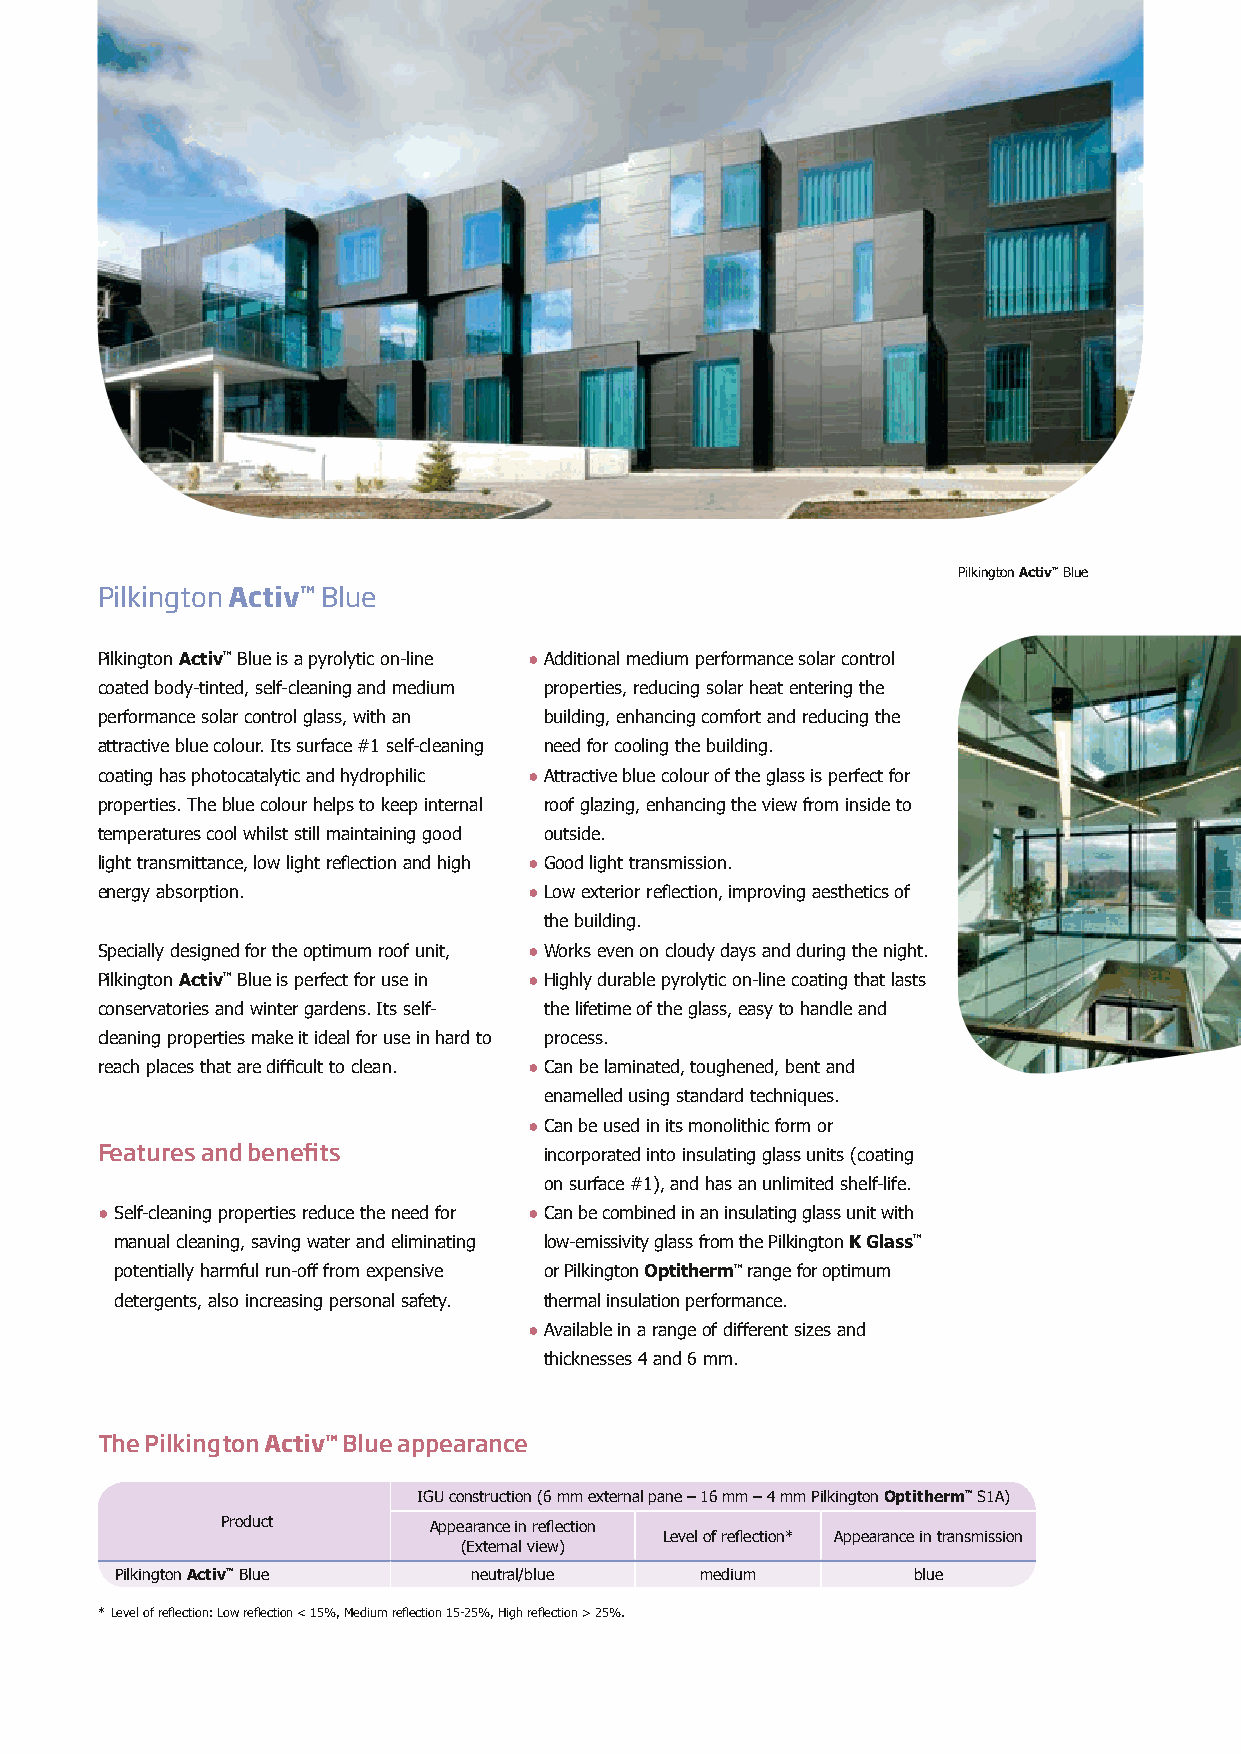
Pilkington Activ™ Blue
 Pilkington Activ™ Blue
 Pilkington Activ™ Blue is a pyrolytic on-line ● A dditional medium performance solar control
 coated body-tinted, self-cleaning and medium properties, reducing solar heat entering the
 performance solar control glass, with an building, enhancing comfort and reducing the
 attractive blue colour. Its surface #1 self-cleaning need for cooling the building.
 coating has photocatalytic and hydrophilic ● A ttractive blue colour of the glass is perfect for
 properties. The blue colour helps to keep internal roof glazing, enhancing the view from inside to
 temperatures cool whilst still maintaining good outside.
 light transmittance, low light reflection and high ● G ood light transmission.
 energy absorption.           ● L ow exterior reflection, improving aesthetics of
 the building.
 Specially designed for the optimum roof unit, ● W orks even on cloudy days and during the night.
 Pilkington Activ™ Blue is perfect for use in ● H ighly durable pyrolytic on-line coating that lasts
 conservatories and winter gardens. Its self- the lifetime of the glass, easy to handle and
 cleaning properties make it ideal for use in hard to process.
 reach places that are difficult to clean. ● C an be laminated, toughened, bent and
 enamelled using standard techniques.
 ● C an be used in its monolithic form or
 Features and benefits         incorporated into insulating glass units (coating
 on surface #1), and has an unlimited shelf-life.
 ● S elf-cleaning properties reduce the need for ● Can be combined in an insulating glass unit with
 manual cleaning, saving water and eliminating low-emissivity glass from the Pilkington K Glass™
 potentially harmful run-off from expensive or Pilkington Optitherm™ range for optimum
 detergents, also increasing personal safety. thermal insulation performance.
 ● A vailable in a range of different sizes and
 thicknesses 4 and 6 mm.
 The Pilkington Activ™ Blue appearance
 IGU construction (6 mm external pane – 16 mm – 4 mm Pilkington Optitherm™ S1A)
 Product      Appearance in reflection
 Level of reflection* Appearance in transmission
 (External view)
 Pilkington Activ™ Blue neutral/blue   medium        blue
 * Level of reflection: Low reflection < 15%, Medium reflection 15-25%, High reflection > 25%.